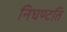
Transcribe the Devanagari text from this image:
निघण्टति